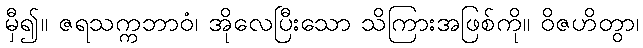
မှီ၍။ ဇရသက္ကဘာဝံ၊ အိုလေပြီးသော သိကြားအဖြစ်ကို။ ဝိဇဟိတွာ၊